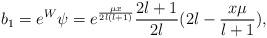
LaTeX: \begin{align*}b_1 = e^W \psi = e^{\frac{\mu x}{2l(l+1)}} \frac{2l+1}{2l} (2l - \frac{x \mu}{l+1}),\end{align*}